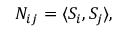
N _ { i j } = \langle S _ { i } , S _ { j } \rangle ,